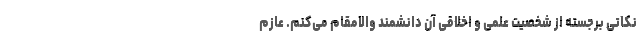
نکاتی برجسته از شخصیت علمی و اخلاقی آن دانشمند والامقام می‌کنم. عازم